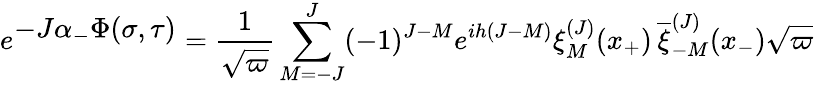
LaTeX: e^{\textstyle-J\alpha_{-}\Phi(\sigma,\tau)}={\frac{1}{\sqrt{\varpi}}}\sum_{M=-J}^{J}(-1)^{J-M}e^{ih(J-M)}\xi_{M}^{(J)}(x_{+})\, {\overline{{\xi}}_{-M}^{(J)}}(x_{-})\sqrt{\varpi}